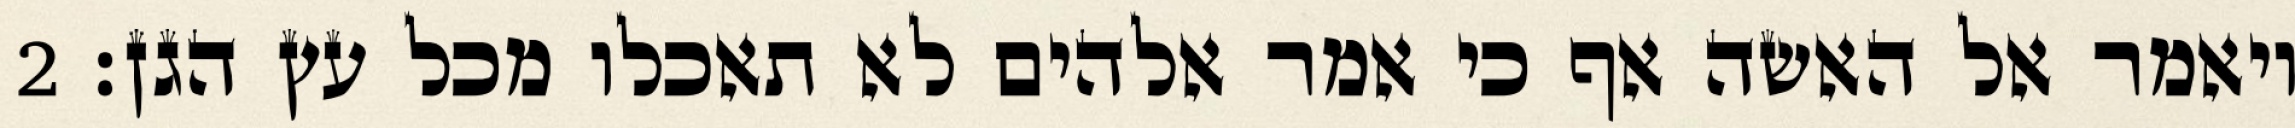
ויאמר אל האשה אף כי אמר אלהים לא תאכלו מכל עץ הגן׃ ‎2‏